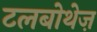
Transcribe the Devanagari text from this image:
टलबोथेज़